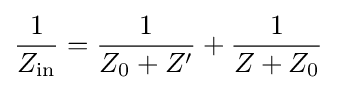
{\frac {1}{Z_{\text{in}}}}={\frac {1}{Z_{0}+Z'}}+{\frac {1}{Z+Z_{0}}}